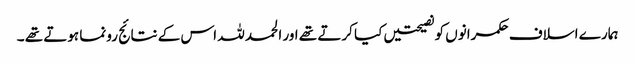
ہمارے اسلاف حکمرانوں کو نصیحتیں کیا کرتے تھے اور الحمد للہ اس کے نتائج رونما ہوتے تھے ۔